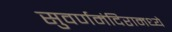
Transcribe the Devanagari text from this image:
सुवर्णमंदिरामध्ये